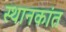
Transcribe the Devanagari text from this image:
स्थानकांत